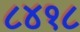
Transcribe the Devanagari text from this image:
८४१८